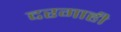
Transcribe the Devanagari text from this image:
दरगाही